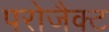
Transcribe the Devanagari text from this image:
परोजैक्ट